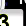
Digit: 3